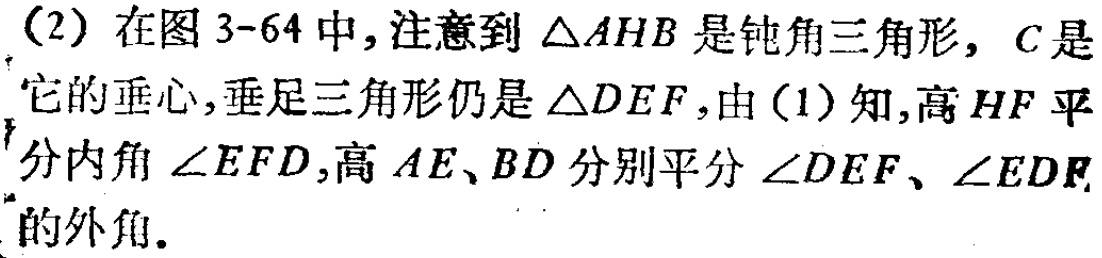
(2) 在图 3-64 中, 注意到 \(\triangle AHB\) 是钝角三角形, \(C\) 是它的垂心, 垂足三角形仍是 \(\triangle DEF\), 由 (1) 知, 高 \(HF\) 平分内角 \(\angle EFD\), 高 \(AE\)、\(BD\) 分别平分 \(\angle DEF\)、\(\angle EDF\) 的外角.